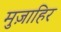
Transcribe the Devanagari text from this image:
मुज़ाहिर